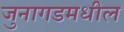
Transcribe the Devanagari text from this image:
जुनागडमधील